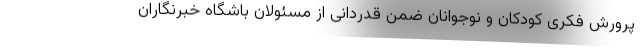
پرورش فکری کودکان و نوجوانان ضمن قدردانی از مسئولان باشگاه خبرنگاران